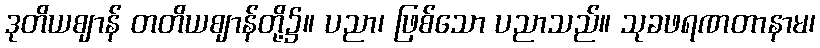
ဒုတိယဈာန် တတိယဈာန်တို့၌။ ပညာ၊ ဖြစ်သော ပညာသည်။ သုခဖရဏတာနာမ၊